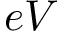
e V